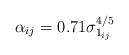
LaTeX: \begin{align*}\alpha_{ij} = 0.71\sigma_{1_{ij}}^{{4}/{5}}\end{align*}